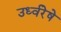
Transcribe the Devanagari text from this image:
उर्ध्वरेषे